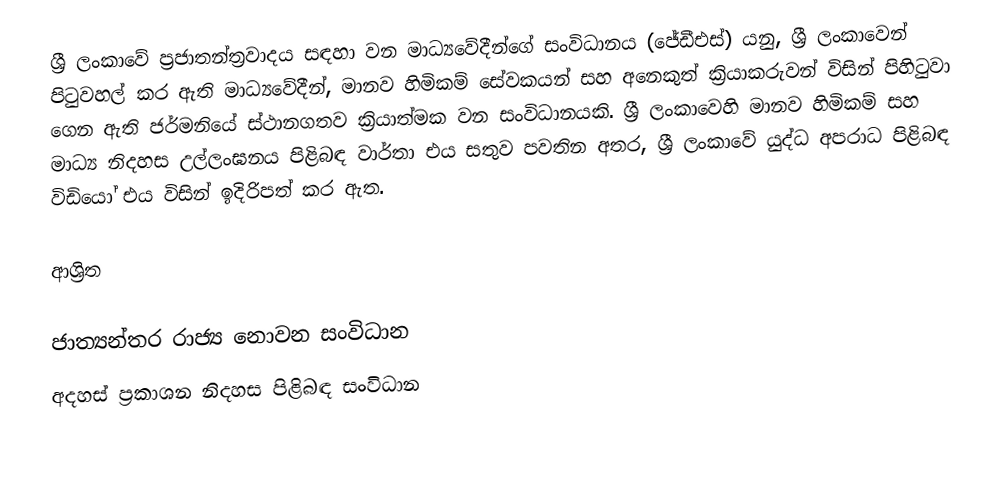
ශ්‍රී ලංකාවේ ප්‍රජාතන්ත්‍රවාදය සඳහා වන මාධ්‍යවේදීන්ගේ සංවිධානය (ජේඩීඑස්) යනු,  ශ්‍රී ලංකාවෙන් පිටුවහල් කර ඇති මාධ්‍යවේදීන්, මානව හිමිකම් සේවකයන් සහ අනෙකුත් ක්‍රියාකරුවන් විසින් පිහිටුවා ගෙන ඇති  ජර්මනියේ ස්ථානගතව ක්‍රියාත්මක වන සංවිධානයකි.  ශ්‍රී ලංකාවෙහි මානව හිමිකම් සහ මාධ්‍ය නිදහස උල්ලංඝනය පිළිබඳ වාර්තා එය සතුව පවතින අතර, ශ්‍රී ලංකාවේ යුද්ධ අපරාධ පිළිබඳ විඩියෝ එය විසින් ඉදිරිපත් කර ඇත.

ආශ්‍රිත

ජාත්‍යන්තර රාජ්‍ය නොවන සංවිධාන
අදහස් ප්‍රකාශන නිදහස පිළිබඳ සංවිධාන